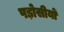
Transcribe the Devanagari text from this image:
पड़ोसीयों